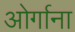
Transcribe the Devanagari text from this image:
ओर्गाना